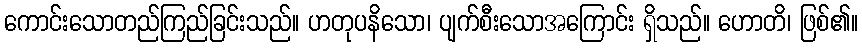
ကောင်းသောတည်ကြည်ခြင်းသည်။ ဟတုပနိသော၊ ပျက်စီးသောအကြောင်း ရှိသည်။ ဟောတိ၊ ဖြစ်၏။